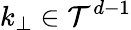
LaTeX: k_{\bot}\in\mathcal{T}^{d-1}